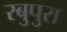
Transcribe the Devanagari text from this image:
रबुपुरा